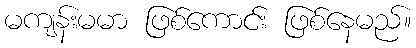
မကျန်းမမာ ဖြစ်ကောင်း ဖြစ်နေမည်။